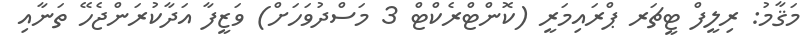
މަޤާމު: ރިލީފް ޓީޗަރ ޕްރައިމަރީ (ކޮންޓްރެކްޓް 3 މަސްދުވަހަށް) ވަޒީފާ އަދާކުރަންޖެހޭ ތަނާއި